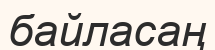
байласаң